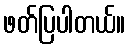
ဖတ်ပြပါတယ်။